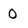
Character: 0